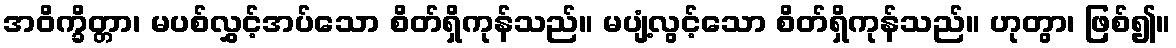
အဝိက္ခိတ္တာ၊ မပစ်လွှင့်အပ်သော စိတ်ရှိကုန်သည်။ မပျံ့လွင့်သော စိတ်ရှိကုန်သည်။ ဟုတွာ၊ ဖြစ်၍။